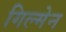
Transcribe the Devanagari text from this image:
गिल्मेन